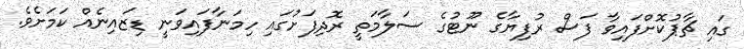
ގައި ޗާޕުކޮށްފައިވާ ފަސް ރުފިޔާގެ ނޫޓުގެ ސަލާމަތީ ރޮދިފަށުގައި ހިމަނާފައިވަނީ ޑިޒައިނެއް ކަމަށެވެ.